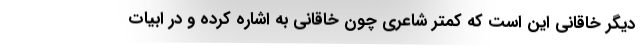
دیگر خاقانی این است که کمتر شاعری چون خاقانی به اشاره کرده و در ابیات